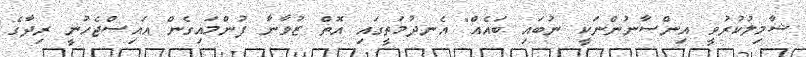
ޝާމިލުކުރުވީ އިންސާނުންނަކީ ނުބައި ބައެއް" އެނދުމަތީގައި އޮތް ޒުވާނާ ފުންމައިގެން އައިސްޖެހުނީ ރިދާގެ